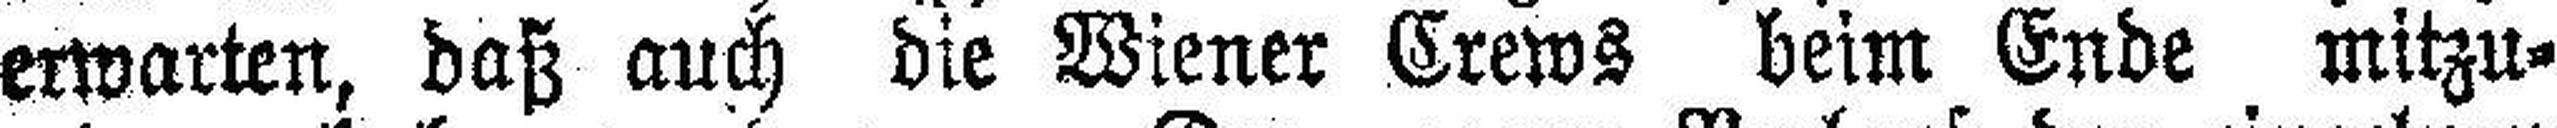
erwarten, daß auch die Wiener Crews beim Ende mitzu¬